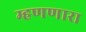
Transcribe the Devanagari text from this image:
म्हणणारा